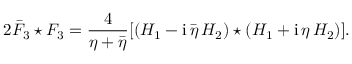
2 \bar { F } _ { 3 } \star F _ { 3 } = \frac { 4 } { \eta + \bar { \eta } } [ ( H _ { 1 } - \mathrm { i } \, \bar { \eta } \, H _ { 2 } ) \star ( H _ { 1 } + \mathrm { i } \, \eta \, H _ { 2 } ) ] .